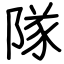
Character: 隊